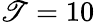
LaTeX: \mathscr{T}=10